Report on lock hospitals in British Burma
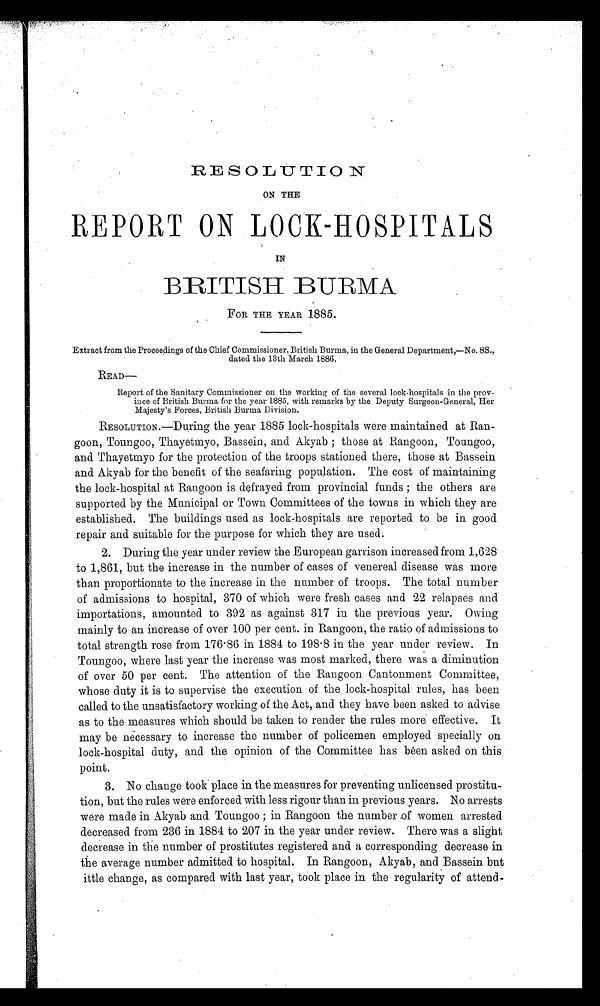
RESOLUTION
ON THE
REPORT ON LOCK-HOSPITALS
IN
BRITISH BURMA
FOR THE YEAR 1885.
Extract from the Proceedings of the Chief Commissioner, British Burma, in the General Department,—No. 8S.,
dated the 13th March 1886.
READ—
Report of the Sanitary Commissioner on the working of the several lock-hospitals in the prov
ince of British Burma for the year 1885, with remarks by the Deputy Surgeon-General, Her
Majesty's Forces, British Burma Division.
RESOLUTION.—During the year 1885 lock-hospitals were maintained at Ran
goon, Toungoo, Thayetmyo, Bassein, and Akyab ; those at Rangoon, Toungoo,
and Thayetmyo for the protection of the troops stationed there, those at Bassein
and Akyab for the benefit of the seafaring population. The cost of maintaining
the lock-hospital at Rangoon is defrayed from provincial funds ; the others are
supported by the Municipal or Town Committees of the towns in which they are
established. The buildings used as lock-hospitals are reported to be in good
repair and suitable for the purpose for which they are used;
2. During the year under review the European garrison increased from 1,628
to 1,861, but the increase in the number of cases of venereal disease was more
than proportionate to the increase in the number of troops. The total number
of admissions to hospital, 370 of which were fresh cases and 22 relapses and
importations, amounted to 392 as against 317 in the previous year. Owing
mainly to an increase of over 100 per cent. in Rangoon, the ratio of admissions to
total strength rose from 176 . 86 in 1884 to 198 . 8 in the year under review. In
Toungoo, where last year the increase was most marked, there was a diminution
of over 50 per cent. The attention of the Rangoon Cantonment Committee,
whose duty it is to supervise the execution of the lock-hospital rules, has been
called to the unsatisfactory working of the Act, and they have been asked to advise
as to the measures which should be taken to render the rules more effective. It
may be necessary to increase the number of policemen employed specially on
lock-hospital duty, and the opinion of the Committee has been asked on this
point.
1. No change took place in the measures for preventing unlicensed prostitu
tion, but the rules were enforced with less rigour than in previous years. No arrests
were made in Akyab and Toungoo ; in Rangoon the number .of women arrested
decreased from 236 in 1884 to 207 in the year under review. There was a slight
decrease in the number of prostitutes registered and a corresponding decrease in
the average number admitted to hospital. In Rangoon, Akyab, and Bassein but
ittle change, as compared with last year, took place in the regularity of attend-